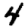
Digit: 4